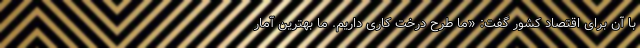
با آن برای اقتصاد کشور گفت: «ما طرح درخت کاری داریم. ما بهترین آمار